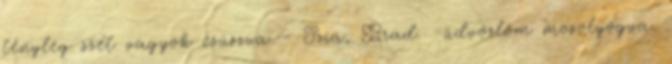
tényleg szét vagyok csúszva - Szia, Brad. -üdvözlöm mosolyogva.